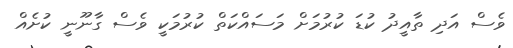
ވެސް އަދި ތާއީދު ކުޑަ ކުރުމަށް މަސައްކަތް ކުރުމަކީ ވެސް ގާނޫނީ ކުށެއް